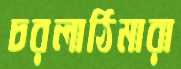
চরলাঠিমারা